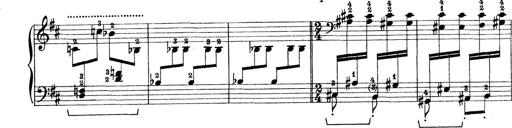
Title: Rapsodie: 19 ungheresi, 1 spagnuola
Composer: Franz Liszt